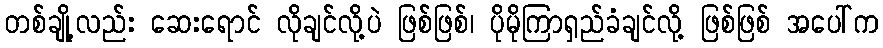
တစ်ချို့လည်း ဆေးရောင် လိုချင်လို့ပဲ ဖြစ်ဖြစ်၊ ပိုမိုကြာရှည်ခံချင်လို့ ဖြစ်ဖြစ် အပေါ်က